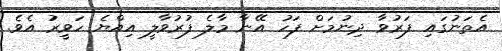
އެތަނުގައި ފަރުވާ ދިނުމަށް ފަހު އޭނާ މާލެ ފުރުވާލީ އިއްޔެ ހަވީރު އެވެ.